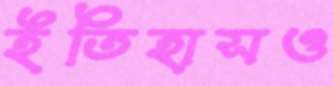
ইতিহাসও